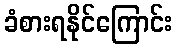
ခံစားရနိုင်ကြောင်း